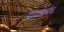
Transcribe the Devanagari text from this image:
गायोकोल